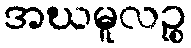
အဃမူလဉ္စ